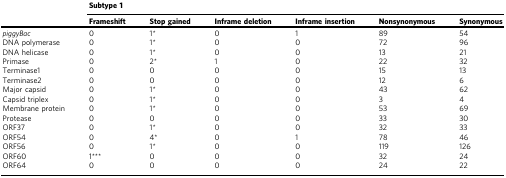
|  | <COLSPAN=6> Subtype 1 |
 |  | Frameshift | Stop gained | Inframe deletion | Inframe insertion | Nonsynonymous | Synonymous |
 | --- | --- | --- | --- | --- | --- | --- |
 | piggyBac | 0 | 1* | 0 | 1 | 89 | 54 |
 | DNA polymerase | 0 | 1* | 0 | 0 | 72 | 96 |
 | DNA helicase | 0 | 1* | 0 | 0 | 13 | 21 |
 | Primase | 0 | 2* | 1 | 0 | 22 | 32 |
 | Terminase1 | 0 | 0 | 0 | 0 | 15 | 13 |
 | Terminase2 | 0 | 0 | 0 | 0 | 12 | 6 |
 | Major capsid | 0 | 1* | 0 | 0 | 43 | 62 |
 | Capsid triplex | 0 | 1* | 0 | 0 | 3 | 4 |
 | Membrane protein | 0 | 1* | 0 | 0 | 53 | 69 |
 | Protease | 0 | 0 | 0 | 0 | 33 | 30 |
 | ORF37 | 0 | 1* | 0 | 0 | 32 | 33 |
 | ORF54 | 0 | 4* | 0 | 1 | 78 | 46 |
 | ORF56 | 0 | 1* | 0 | 0 | 119 | 126 |
 | ORF60 | 1*** | 0 | 0 | 0 | 32 | 24 |
 | ORF64 | 0 | 0 | 0 | 0 | 24 | 22 |